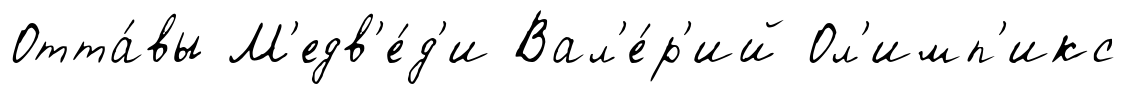
Отта́вы М'едв'е́д'и Вал'е́р'ий Ол'имп'икс